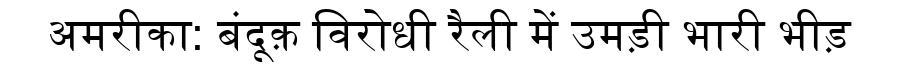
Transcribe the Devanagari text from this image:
अमरीका: बंदूक़ विरोधी रैली में उमड़ी भारी भीड़